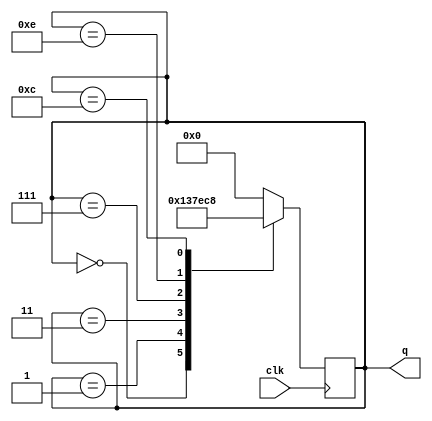
module johnson_counter (
  input wire clk,
  output reg [3:0] q
);
  
  always @ (posedge clk) begin
    case (q)
      4'b0000: q <= 4'b0001;
      4'b0001: q <= 4'b0011;
      4'b0011: q <= 4'b0111;
      4'b0111: q <= 4'b1110;
      4'b1110: q <= 4'b1100;
      4'b1100: q <= 4'b1000;
      4'b1000: q <= 4'b0000;
      default: q <= 4'b0000;
    endcase
  end
  
endmodule